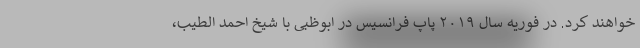
خواهند کرد. در فوریه سال ۲۰۱۹ پاپ فرانسیس در ابوظبی با شیخ احمد الطیب،